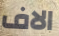
الاف